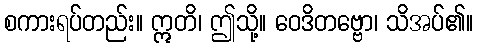
စကားရပ်တည်း။ ဣတိ၊ ဤသို့။ ဝေဒိတဗ္ဗော၊ သိအပ်၏။